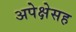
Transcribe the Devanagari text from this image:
अपेक्षेसह